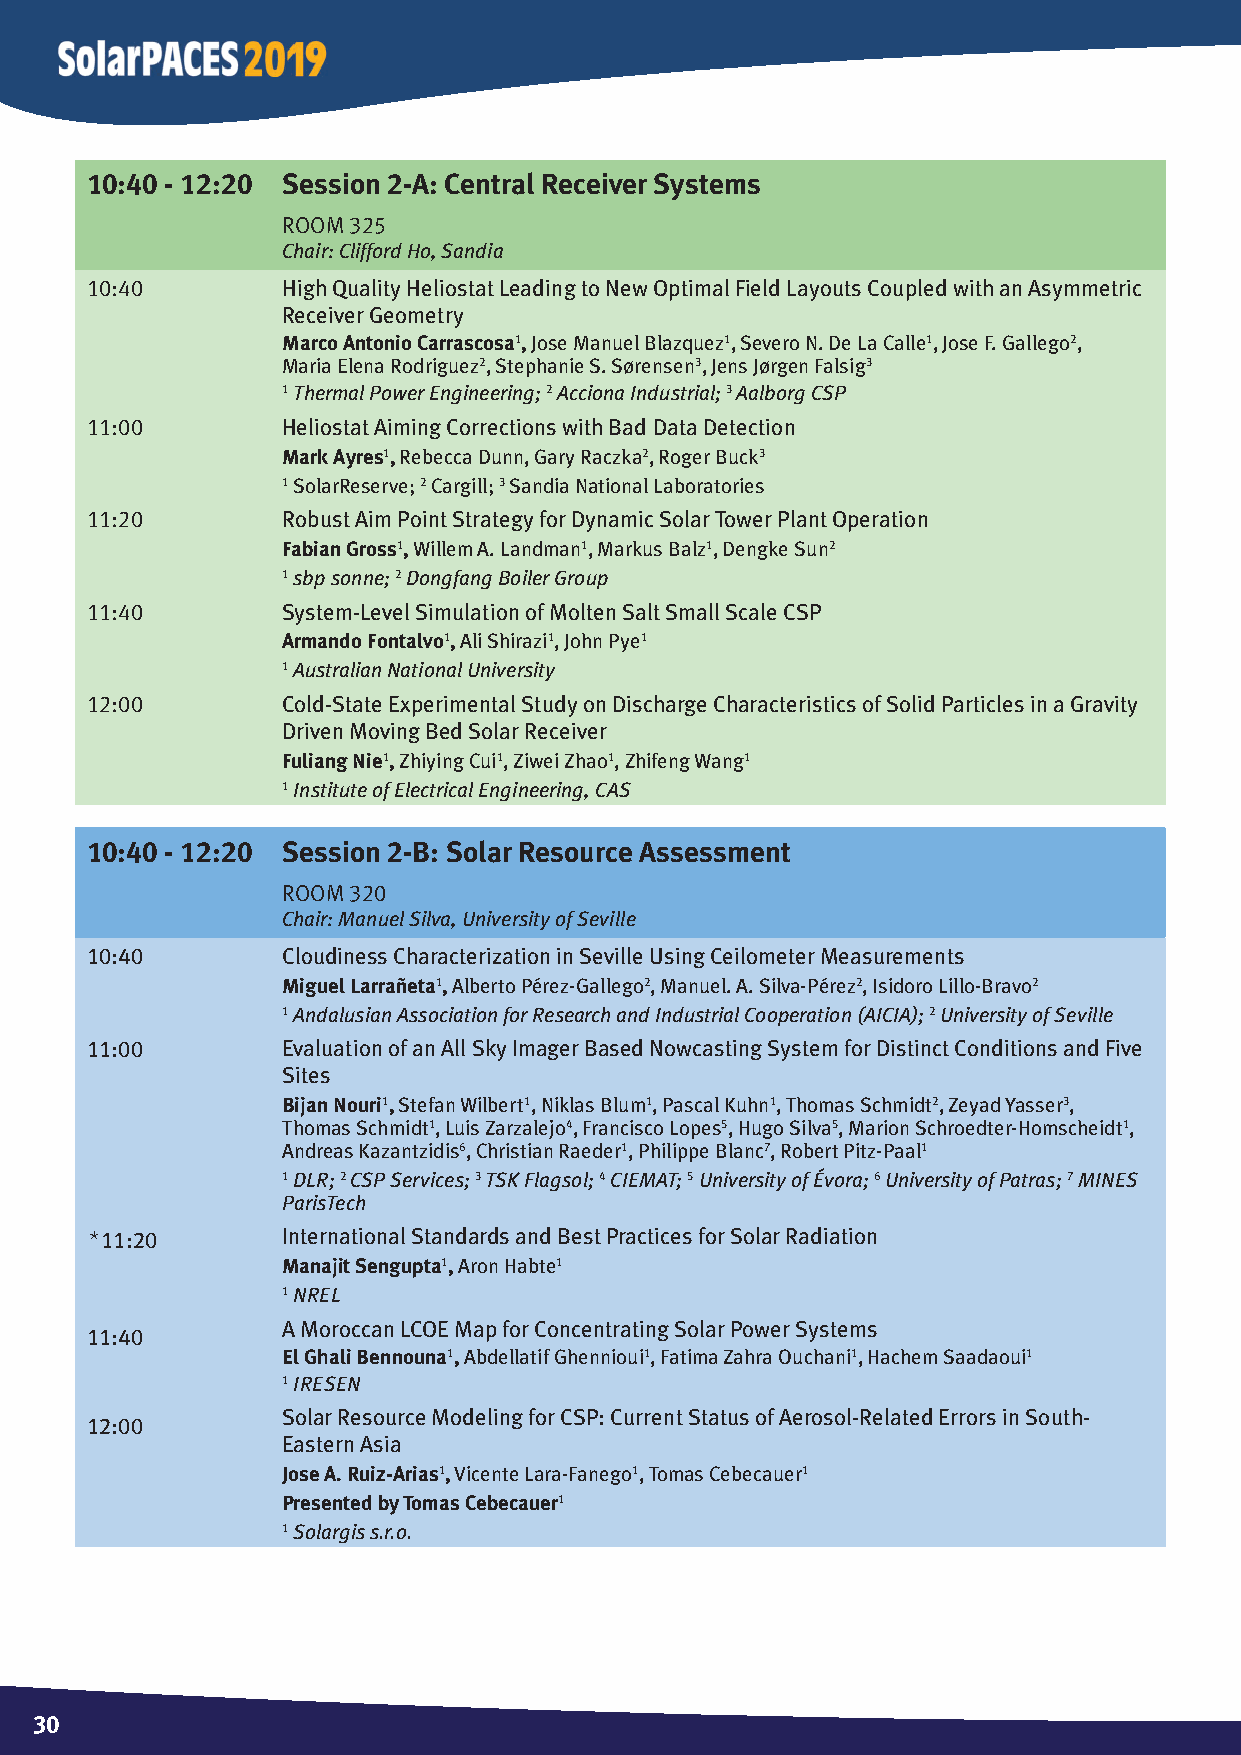
10:40 - 12:20 Session 2-A: Central Receiver Systems
 Room 325
 Chair: Clifford Ho, Sandia
 10:40        High Quality Heliostat Leading to New Optimal Field Layouts Coupled with an Asymmetric
 Receiver Geometry
 Marco Antonio Carrascosa1, Jose Manuel Blazquez1, Severo N. De La Calle1, Jose F. Gallego2,
 Maria Elena Rodriguez2, Stephanie S. Sørensen3, Jens Jørgen Falsig3
 1 Thermal Power Engineering; 2 Acciona Industrial; 3 Aalborg CSP
 11:00        Heliostat Aiming Corrections with Bad Data Detection
 Mark Ayres1, Rebecca Dunn, Gary Raczka2, Roger Buck3
 1 SolarReserve; 2 Cargill; 3 Sandia National Laboratories
 11:20        Robust Aim Point Strategy for Dynamic Solar Tower Plant Operation
 Fabian Gross1, Willem A. Landman1, Markus Balz1, Dengke Sun2
 1 sbp sonne; 2 Dongfang Boiler Group
 11:40        System-Level Simulation of Molten Salt Small Scale CSP
 Armando Fontalvo1, Ali Shirazi1, John Pye1
 1 Australian National University
 12:00        Cold-State Experimental Study on Discharge Characteristics of Solid Particles in a Gravity
 Driven Moving Bed Solar Receiver
 Fuliang Nie1, Zhiying Cui1, Ziwei Zhao1, Zhifeng Wang1
 1 Institute of Electrical Engineering, CAS
 10:40 - 12:20 Session 2-B: Solar Resource Assessment
 Room 320
 Chair: Manuel Silva, University of Seville
 10:40        Cloudiness Characterization in Seville Using Ceilometer Measurements
 Miguel Larrañeta1, Alberto Pérez-Gallego2, Manuel. A. Silva-Pérez2, Isidoro Lillo-Bravo2
 1 Andalusian Association for Research and Industrial Cooperation (AICIA); 2 University of Seville
 11:00        Evaluation of an All Sky Imager Based Nowcasting System for Distinct Conditions and Five
 Sites
 Bijan Nouri1, Stefan Wilbert1, Niklas Blum1, Pascal Kuhn1, Thomas Schmidt2, Zeyad Yasser3,
 Thomas Schmidt1, Luis Zarzalejo4, Francisco Lopes5, Hugo Silva5, Marion Schroedter-Homscheidt1,
 Andreas Kazantzidis6, Christian Raeder1, Philippe Blanc7, Robert Pitz-Paal1
 1 DLR; 2 CSP Services; 3 TSK Flagsol; 4 CIEMAT; 5 University of Évora; 6 University of Patras; 7 MINES
 ParisTech
 *11:20       International Standards and Best Practices for Solar Radiation
 Manajit Sengupta1, Aron Habte1
 1 NREL
 A Moroccan LCOE Map for Concentrating Solar Power Systems
 11:40
 El Ghali Bennouna1, Abdellatif Ghennioui1, Fatima Zahra Ouchani1, Hachem Saadaoui1
 1 IRESEN
 Solar Resource Modeling for CSP: Current Status of Aerosol-Related Errors in South-
 12:00
 Eastern Asia
 Jose A. Ruiz-Arias1, Vicente Lara-Fanego1, Tomas Cebecauer1
 Presented by Tomas Cebecauer1
 1 Solargis s.r.o.
 3300